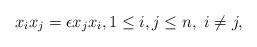
LaTeX: \begin{align*} x_i x_j = \epsilon x_j x_i, 1\leq i,j \leq n, \ i \neq j,\end{align*}